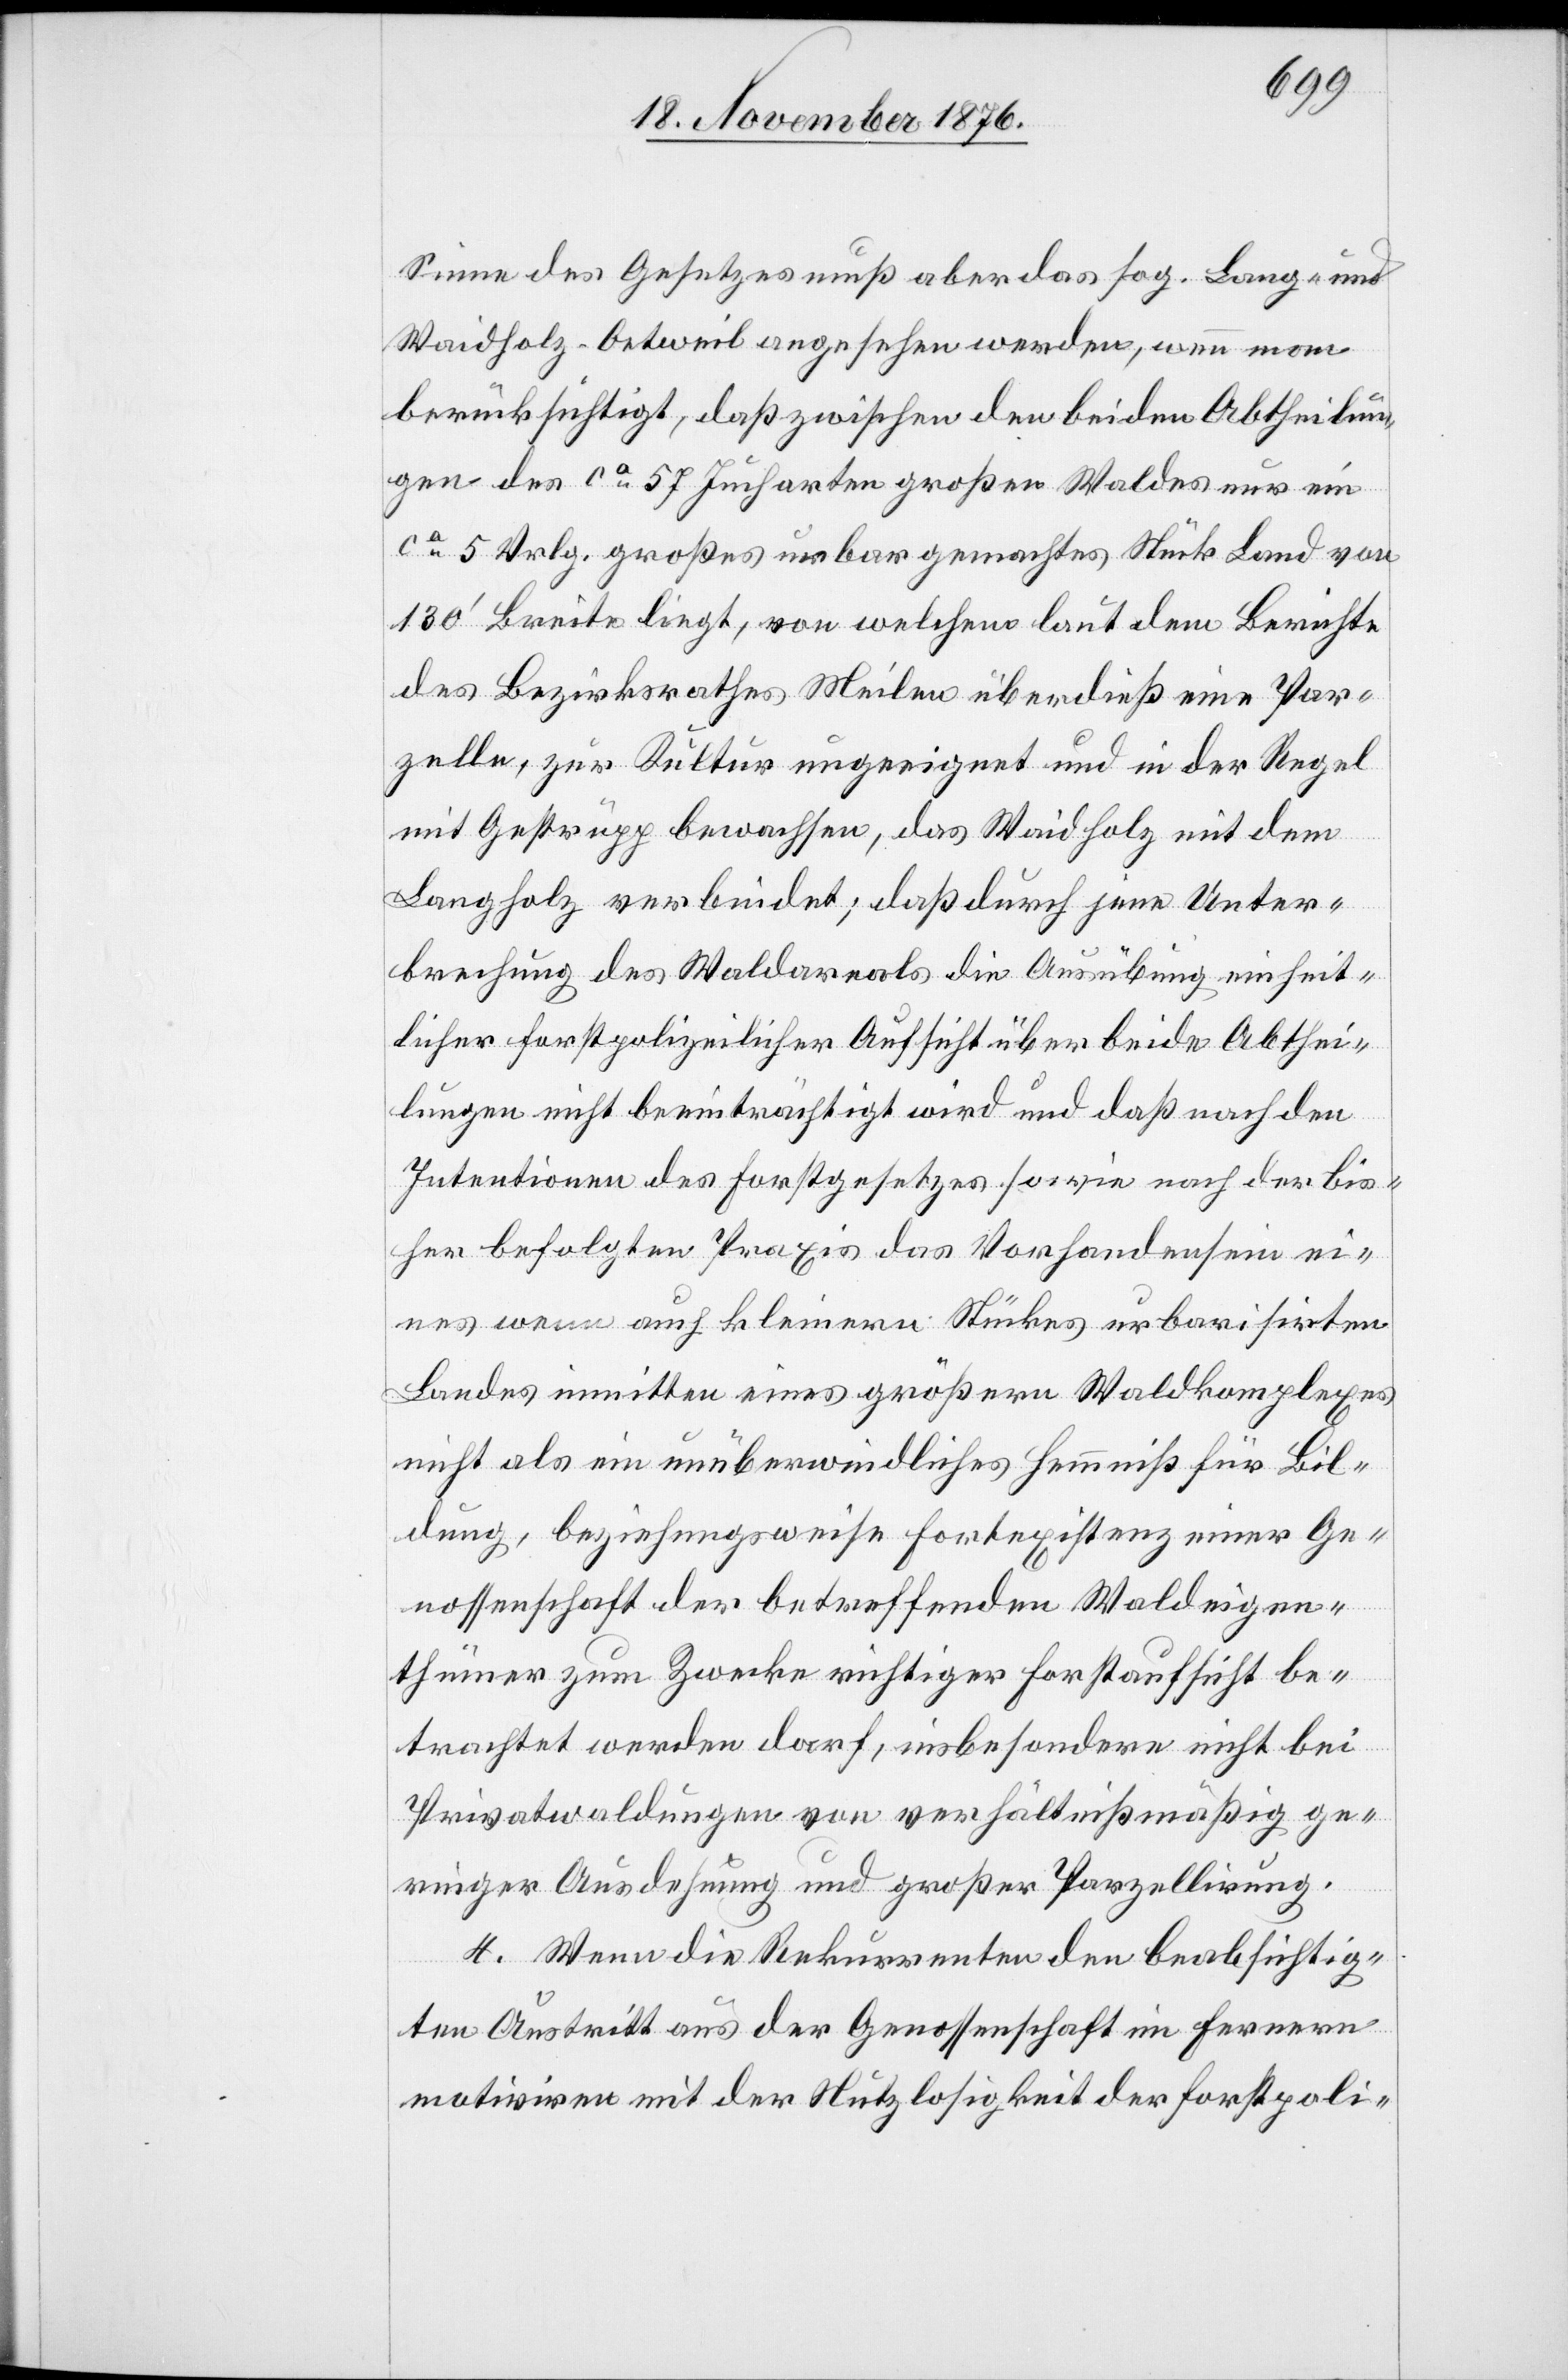
Sinne des Gesetzes muß aber das sog. Lang- und
Waidholz - Oetweil angesehen werden, wenn man
berücksichtigt, daß zwischen den beiden Abtheilun¬
gen des ca 57 Jucharten großen Waldes nur ein
ca 5 Vrlg. großes urbargemachtes Stück Land von
130‘ Breite liegt, von welchem laut dem Berichte
des Bezirksrathes Meilen überdieß eine Par¬
zelle, zur Kultur ungeeignet und in der Regel
mit Gestrüpp bewachsen, das Waidholz mit dem
Langholz verbindet; daß durch jene Unter¬
brechung des Waldareals die Ausübung einheit¬
licher Forstpolizeilicher Aufsicht über beide Abthei¬
lungen nicht beeinträchtigt wird und daß nach den
Intentionen des Forstgesetzes sowie nach der bis¬
her befolgten Praxis des Vorhandenseins ei¬
nes wenn auch kleinen Stückes urbarisirten
Landes inmitten eines größern Waldkomplexes
nicht als ein unüberwindliches Hemmniß für Bil¬
dung, beziehungsweise Fortexistenz einer Ge¬
nossenschaft der betreffenden Waldeigen¬
thümer zum Zwecke richtiger Forstaufsicht be¬
trachtet werden darf, insbesondere nicht bei
Privatwaldungen von verhältnißmäßig ge¬
ringer Ausdehnung und großer Parzellirung.
4. Wenn die Rekurrenten den beabsichtig¬
ten Austritt aus der Genossenschaft im Fernern
motiviren mit der Nutzlosigkeit der Forstpoli-